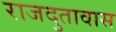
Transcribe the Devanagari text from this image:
राजदुतावास